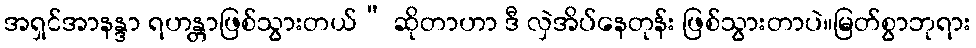
အရှင်အာနန္ဒာ ရဟန္တာဖြစ်သွားတယ်” ဆိုတာဟာ ဒီ လှဲအိပ်နေတုန်း ဖြစ်သွားတာပဲ။မြတ်စွာဘုရား